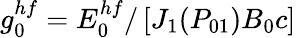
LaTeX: g_{0}^{hf}=E_{0}^{hf}/\left[J_{1}(P_{01})B_{0}c\right]